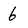
Character: 6